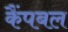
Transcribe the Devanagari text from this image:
कैंपबल